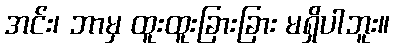
အင်း၊ ဘာမှ ထူးထူးခြားခြား မရှိပါဘူး။